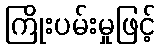
ကြိုးပမ်းမှုဖြင့်